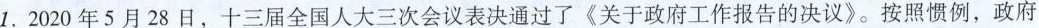
1.2020年5月28日，十三届全国人大三次会议表决通过了《关于政府工作报告的决议》。按照惯例，政府